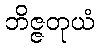
ဘိဇ္ဇတုယံ